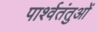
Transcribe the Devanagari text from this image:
पार्श्वतंतुओं